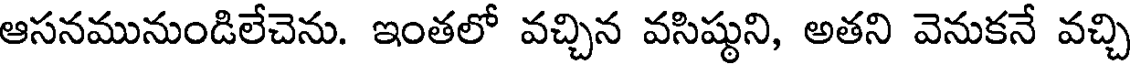
ఆసనమునుండిలేచెను. ఇంతలో వచ్చిన వసిష్టుని, అతని వెనుకనే వచ్చి